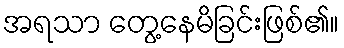
အရသာ တွေ့နေမိခြင်းဖြစ်၏။